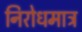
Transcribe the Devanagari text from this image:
निरोधमात्र